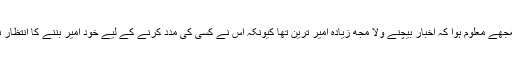
اس دن مجھے معلوم ہوا کہ اخبار بیچنے ولا مجھ زیادہ امیر ترین تھا کیونکہ اس نے کسی کی مدد کرنے کے لیے خود امیر بننے کا انتظار نہیں کیا۔